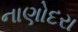
નાણોદરા